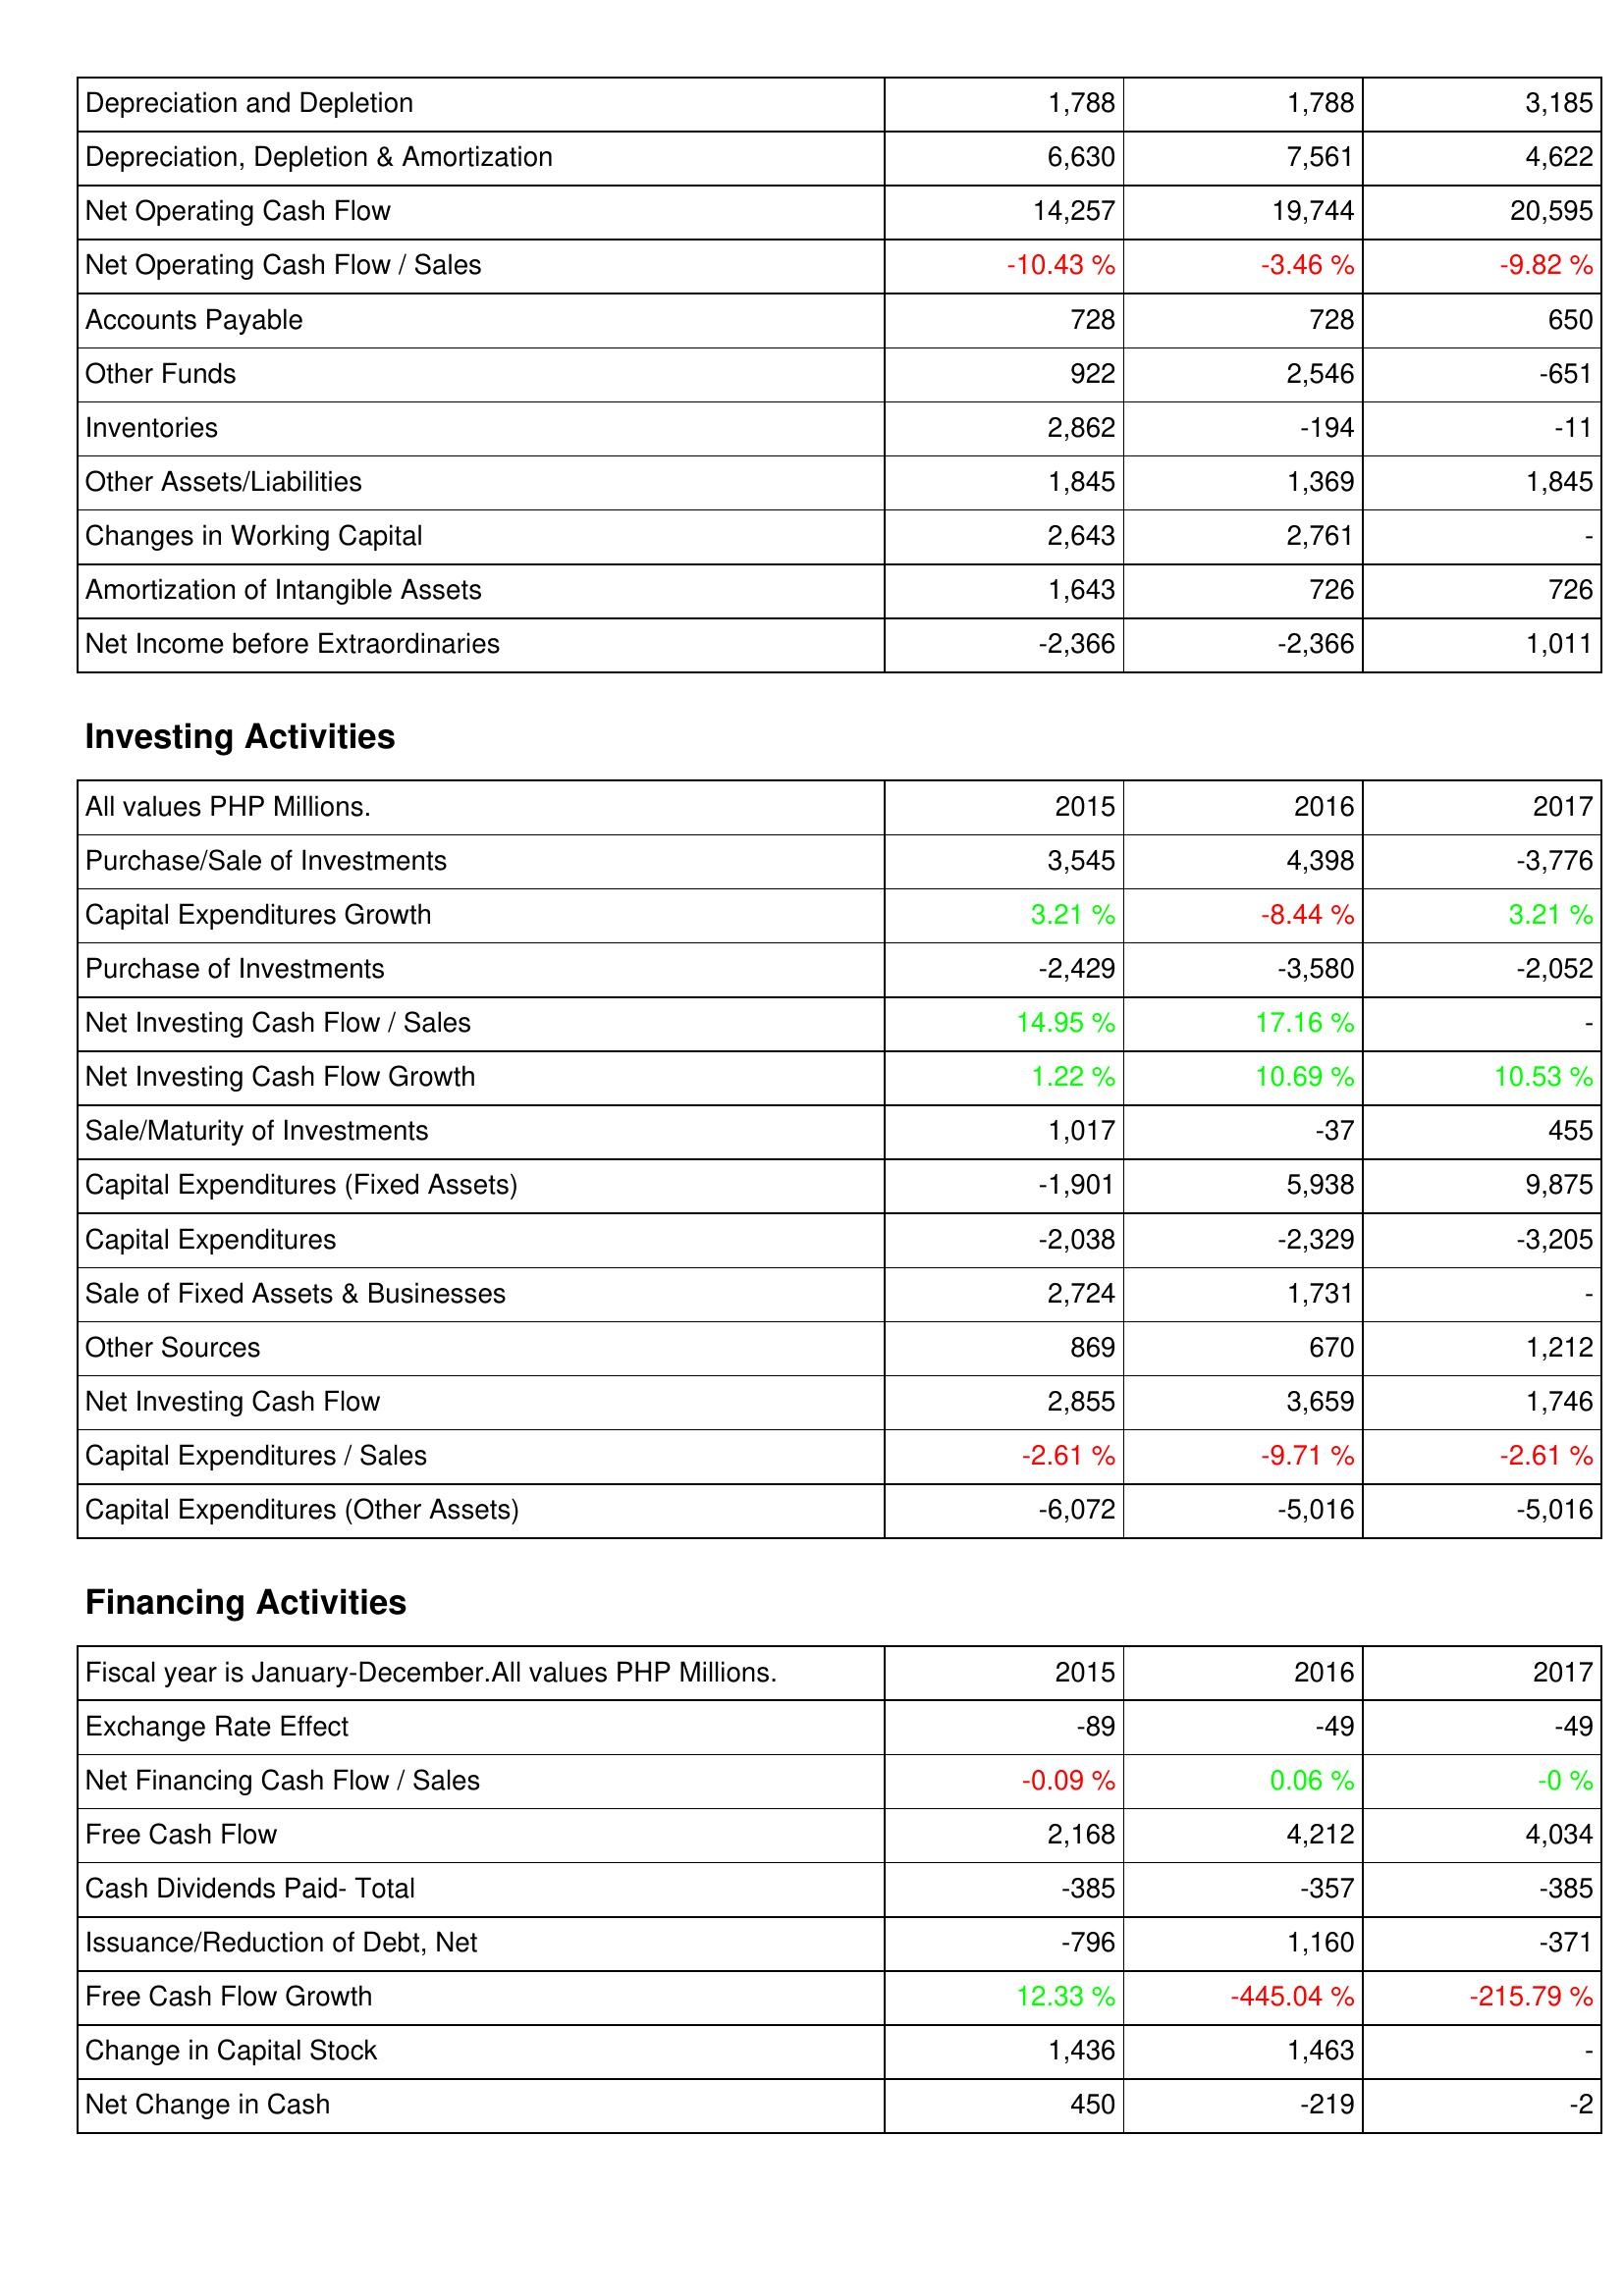
2015: Operating Activities: Depreciation and Depletion: 1,788
Depreciation, Depletion & Amortization: 6,630
Net Operating Cash Flow: 14,257
Net Operating Cash Flow / Sales: -10.43 %
Accounts Payable: 728
Other Funds: 922
Inventories: 2,862
Other Assets/Liabilities: 1,845
Changes in Working Capital: 2,643
Amortization of Intangible Assets: 1,643
Net Income before Extraordinaries: -2,366
Investing Activities: Purchase/Sale of Investments: 3,545
Capital Expenditures Growth: 3.21 %
Purchase of Investments: -2,429
Net Investing Cash Flow / Sales: 14.95 %
Net Investing Cash Flow Growth: 1.22 %
Sale/Maturity of Investments: 1,017
Capital Expenditures (Fixed Assets): -1,901
Capital Expenditures: -2,038
Sale of Fixed Assets & Businesses: 2,724
Other Sources: 869
Net Investing Cash Flow: 2,855
Capital Expenditures / Sales: -2.61 %
Capital Expenditures (Other Assets): -6,072
Financing Activities: Exchange Rate Effect: -89
Net Financing Cash Flow / Sales: -0.09 %
Free Cash Flow: 2,168
Cash Dividends Paid- Total: -385
Issuance/Reduction of Debt, Net: -796
Free Cash Flow Growth: 12.33 %
Change in Capital Stock: 1,436
Net Change in Cash: 450
2016: Operating Activities: Depreciation and Depletion: 1,788
Depreciation, Depletion & Amortization: 7,561
Net Operating Cash Flow: 19,744
Net Operating Cash Flow / Sales: -3.46 %
Accounts Payable: 728
Other Funds: 2,546
Inventories: -194
Other Assets/Liabilities: 1,369
Changes in Working Capital: 2,761
Amortization of Intangible Assets: 726
Net Income before Extraordinaries: -2,366
Investing Activities: Purchase/Sale of Investments: 4,398
Capital Expenditures Growth: -8.44 %
Purchase of Investments: -3,580
Net Investing Cash Flow / Sales: 17.16 %
Net Investing Cash Flow Growth: 10.69 %
Sale/Maturity of Investments: -37
Capital Expenditures (Fixed Assets): 5,938
Capital Expenditures: -2,329
Sale of Fixed Assets & Businesses: 1,731
Other Sources: 670
Net Investing Cash Flow: 3,659
Capital Expenditures / Sales: -9.71 %
Capital Expenditures (Other Assets): -5,016
Financing Activities: Exchange Rate Effect: -49
Net Financing Cash Flow / Sales: 0.06 %
Free Cash Flow: 4,212
Cash Dividends Paid- Total: -357
Issuance/Reduction of Debt, Net: 1,160
Free Cash Flow Growth: -445.04 %
Change in Capital Stock: 1,463
Net Change in Cash: -219
2017: Operating Activities: Depreciation and Depletion: 3,185
Depreciation, Depletion & Amortization: 4,622
Net Operating Cash Flow: 20,595
Net Operating Cash Flow / Sales: -9.82 %
Accounts Payable: 650
Other Funds: -651
Inventories: -11
Other Assets/Liabilities: 1,845
Changes in Working Capital: -
Amortization of Intangible Assets: 726
Net Income before Extraordinaries: 1,011
Investing Activities: Purchase/Sale of Investments: -3,776
Capital Expenditures Growth: 3.21 %
Purchase of Investments: -2,052
Net Investing Cash Flow / Sales: -
Net Investing Cash Flow Growth: 10.53 %
Sale/Maturity of Investments: 455
Capital Expenditures (Fixed Assets): 9,875
Capital Expenditures: -3,205
Sale of Fixed Assets & Businesses: -
Other Sources: 1,212
Net Investing Cash Flow: 1,746
Capital Expenditures / Sales: -2.61 %
Capital Expenditures (Other Assets): -5,016
Financing Activities: Exchange Rate Effect: -49
Net Financing Cash Flow / Sales: -0 %
Free Cash Flow: 4,034
Cash Dividends Paid- Total: -385
Issuance/Reduction of Debt, Net: -371
Free Cash Flow Growth: -215.79 %
Change in Capital Stock: -
Net Change in Cash: -2